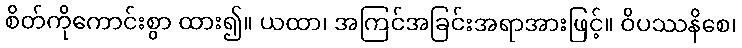
စိတ်ကိုကောင်းစွာ ထား၍။ ယထာ၊ အကြင်အခြင်းအရာအားဖြင့်။ ဝိပဿနိစေ၊